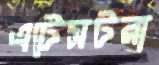
এটেসটরা